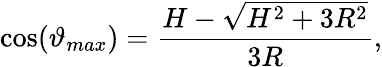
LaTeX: \cos(\vartheta_{max})=\frac{H-\sqrt{H^{2}+3R^{2}}}{3R},